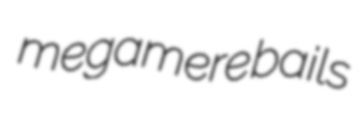
megamere bails